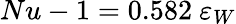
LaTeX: Nu-1=0.582\ \varepsilon_{W}